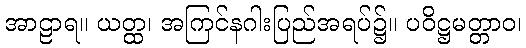
အာဠာရ။ ယတ္ထ၊ အကြင်နဂါးပြည်အရပ်၌။ ပဝိဋ္ဌမတ္တာဝ၊